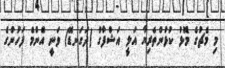
މި މެޗުގެ މޮޅު ކުޅުންތެރިޔާ އަލީ އަޝްފާގް (ދަގަނޑޭ) ވަނީ އެންމެ ފަހުންގެ